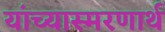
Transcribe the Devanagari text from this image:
यांच्यास्मरणार्थ